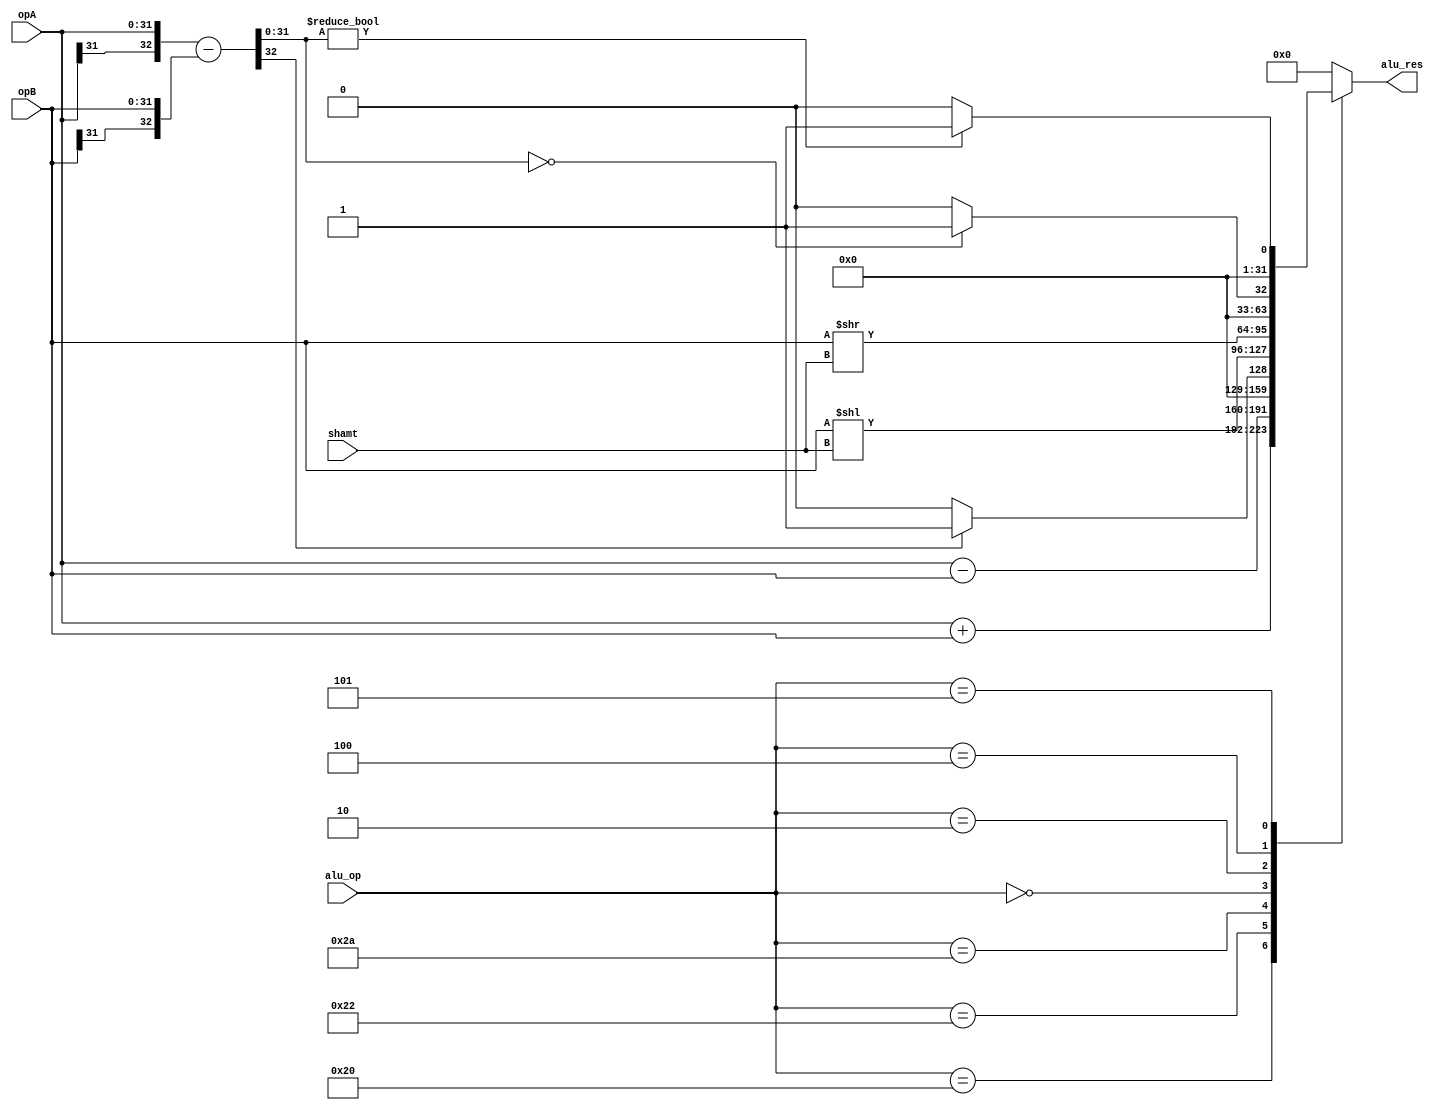
`timescale 1ns/1ps
`define WORD_WIDTH  32

module alu(opA, opB, alu_op, shamt, alu_res);  
  input [`WORD_WIDTH-1:0] opA, opB;
  input [5:0] alu_op;
  input [4:0] shamt;
  output reg [`WORD_WIDTH-1:0] alu_res;

  parameter ADD     = 6'b100_000;
  parameter SUB     = 6'b100_010;
  parameter SLT     = 6'b101_010;
  parameter SLL     = 6'b000_000;
  parameter SRL     = 6'b000_010;
  parameter JR      = 6'b001_000;

  parameter BEQ     = 6'b000_100;
  parameter BNE     = 6'b000_101;

  wire overflow;
  wire [`WORD_WIDTH-1:0] temp;

  assign {overflow, temp} = {opA[31], opA} - {opB[31], opB};

  always@(*) begin
    case(alu_op)
      ADD: alu_res = opA + opB;
      SUB: alu_res = opA - opB;
      SLT: alu_res = (overflow)? 32'd1 : 32'd0;
      SLL: alu_res = opB << shamt;
      SRL: alu_res = opB >> shamt;
      BEQ: alu_res = (!temp)? 32'd1 : 32'd0;
      BNE: alu_res = (temp)? 32'd1 : 32'd0;
      default: alu_res = 32'd0;
    endcase
  end

endmodule